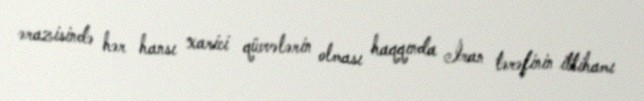
ərazisində hər hansı xarici qüvvələrin olması haqqında İran tərəfinin ittihamı